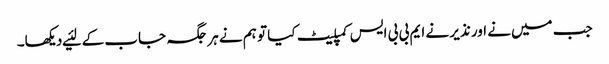
جب میں‌نے اور نذیر نے ایم بی بی ایس کمپلیٹ کیا تو ہم نے ہر جگہ جاب کے لئیے دیکھا۔